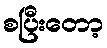
စပြီးတော့